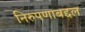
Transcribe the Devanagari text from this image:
निरुपणाबद्दल